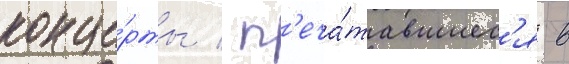
конце́рты / п'еча́тавшиес'я в